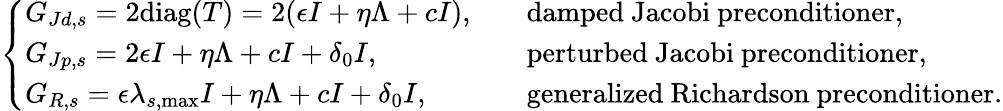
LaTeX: \left\{ \begin{array}{ll}{G_{Jd,s}=2\mathrm{diag}(T)=2(\epsilon I+\eta\Lambda+cI),\quad}&{\mathrm{damped~Jacobi~preconditioner},}\\ {G_{Jp,s}=2\epsilon I+\eta\Lambda+cI+\delta_{0}I,\quad}&{\mathrm{perturbed~Jacobi~preconditioner},}\\ {G_{R,s}=\epsilon\lambda_{s,\operatorname*{max}}I+\eta\Lambda+cI+\delta_{0}I,\quad}&{\mathrm{generalized~Richardson~preconditioner}.}\end{array}\right.